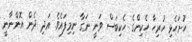
ހުށަހެޅި ހުރިހާ ހެކިންގެ ހެކިބަސް ވަނީ ނަގާ ނިމިފައެވެ. އަދި ދެން އޮންނާނީ